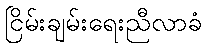
ငြိမ်းချမ်းရေးညီလာခံ